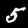
Label: 5